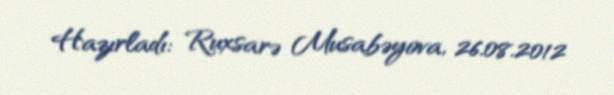
Hazırladı: Ruxsarə Musabəyova, 26.08.2012